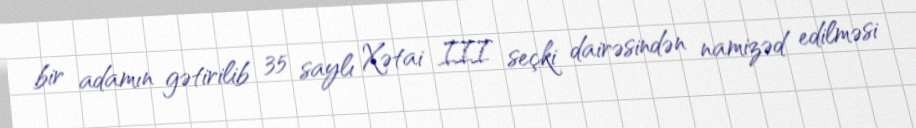
bir adamın gətirilib 35 saylı Xətai III seçki dairəsindən namizəd edilməsi